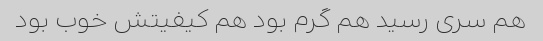
هم سری رسید هم گرم بود هم کیفیتش خوب بود